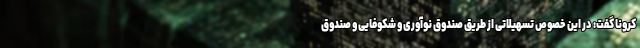
کرونا گفت: در این خصوص تسهیلاتی از طریق صندوق نوآوری و شکوفایی و صندوق